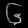
Digit: ၆